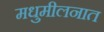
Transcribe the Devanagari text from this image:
मधुमीलनात